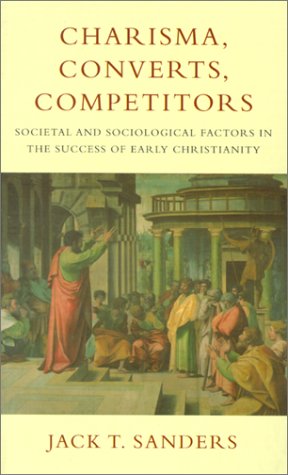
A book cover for Charisma, Converts, Competitors: Societal and Sociological Factors in the Success of Early Christianity; Jack T. Sanders; Christian Books & Bibles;